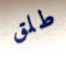
طلق